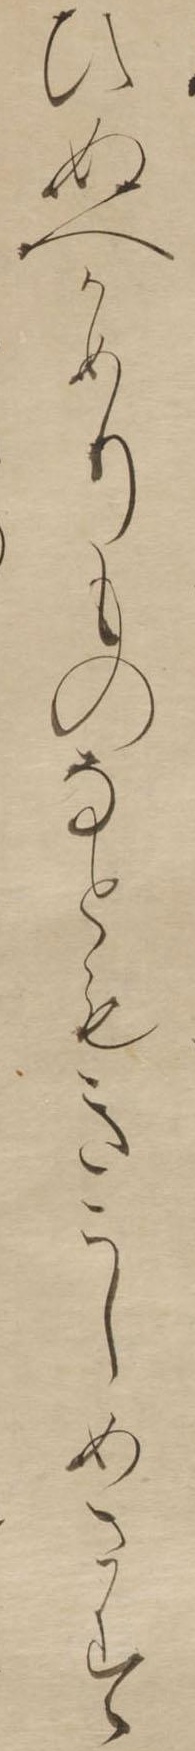
ひぬへかめりものなともきこしめさす